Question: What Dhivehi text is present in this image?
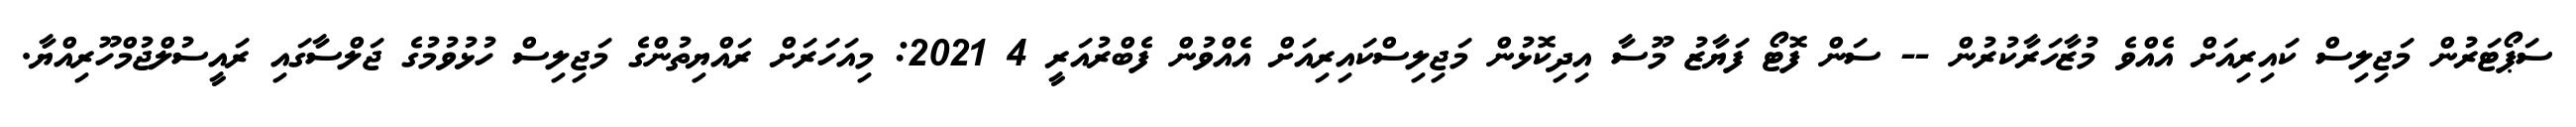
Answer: ސަޕޯޓަރުން މަޖިލިސް ކައިރިއަށް އެއްވެ މުޒާހަރާކުރުން -- ސަން ފޮޓޯ ފަޔާޒު މޫސާ އިދިކޮޅުން މަޖިލިސްކައިރިއަށް އެއްވުން ފެބްރުއަރީ 4 2021: މިއަހަރަށް ރައްޔިތުންގެ މަޖިލިސް ހުޅުވުމުގެ ޖަލްސާގައި ރައީސުލްޖުމްހޫރިއްޔާ.